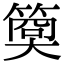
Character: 𥱁